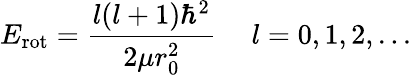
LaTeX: E_{\mathrm{rot}}={\frac{l(l+1)\hbar^{2}}{2\mu r_{0}^{2}}}\ \ \ \ \ l=0,1,2,...